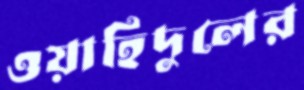
ওয়াহিদুলের